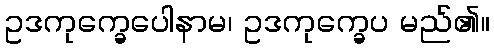
ဥဒကုက္ခေပေါနာမ၊ ဥဒကုက္ခေပ မည်၏။